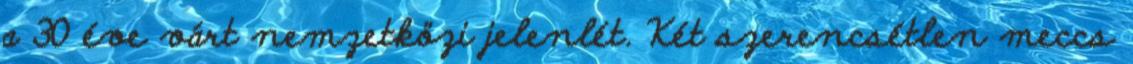
a 30 éve várt nemzetközi jelenlét. Két szerencsétlen meccs